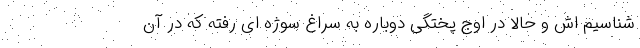
شناسیم اش و حالا در اوج پختگی دوباره به سراغ سوژه ای رفته که در آن